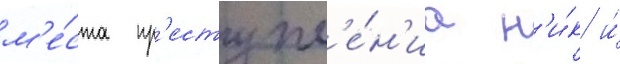
м'е́ста пр'еступл'е́н'иа н'и́к и́